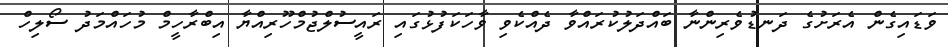
ވަޑައިގެން އެރަށުގެ ދަނޑުވެރިންނާ ބައްދަލުކުރައްވާ ދެއްކެވި ވާހަކަފުޅުގައި ރައީސުލްޖުމްހޫރިއްޔާ އިބްރާހީމް މުހައްމަދު ސޯލިހް